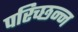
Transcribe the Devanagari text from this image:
परिच्छन्न